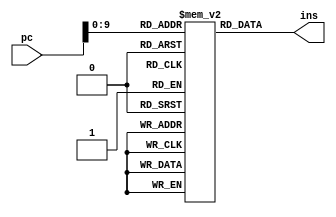
`timescale 1ns / 1ps
module ins_mem (
    input [31:0] pc,
    output  [31:0] ins
);
    parameter mem_size = 1000;
    reg [31:0] i_mem [0:mem_size];

    initial begin
        i_mem[0] = 0;
        i_mem[1] = 32'b100011_01100_01000_0000000000000000;
        i_mem[2] = 32'b100011_01100_01001_0000000000000001;
        i_mem[3] = 32'b000000_01000_01001_01010_00000_100000;
        i_mem[4] = 32'b101011_01100_01010_0000000000000010;
        i_mem[5] = 32'hFFFFFFFF;
    end


   assign ins=i_mem[pc];
           
   
endmodule